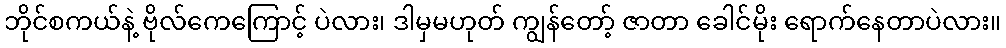
ဘိုင်စကယ်နဲ့ ဗိုလ်ကေကြောင့် ပဲလား၊ ဒါမှမဟုတ် ကျွန်တော့် ဇာတာ ခေါင်မိုး ရောက်နေတာပဲလား။